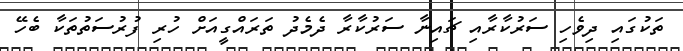
ތަކުގައި ދިވެހި ސަރުކާރާއި ޗައިނާ ސަރުކާރާ ދެމެދު ތަރައްގީއަށް ހުރި ފުރުސަތުތަކާ ބެހޭ